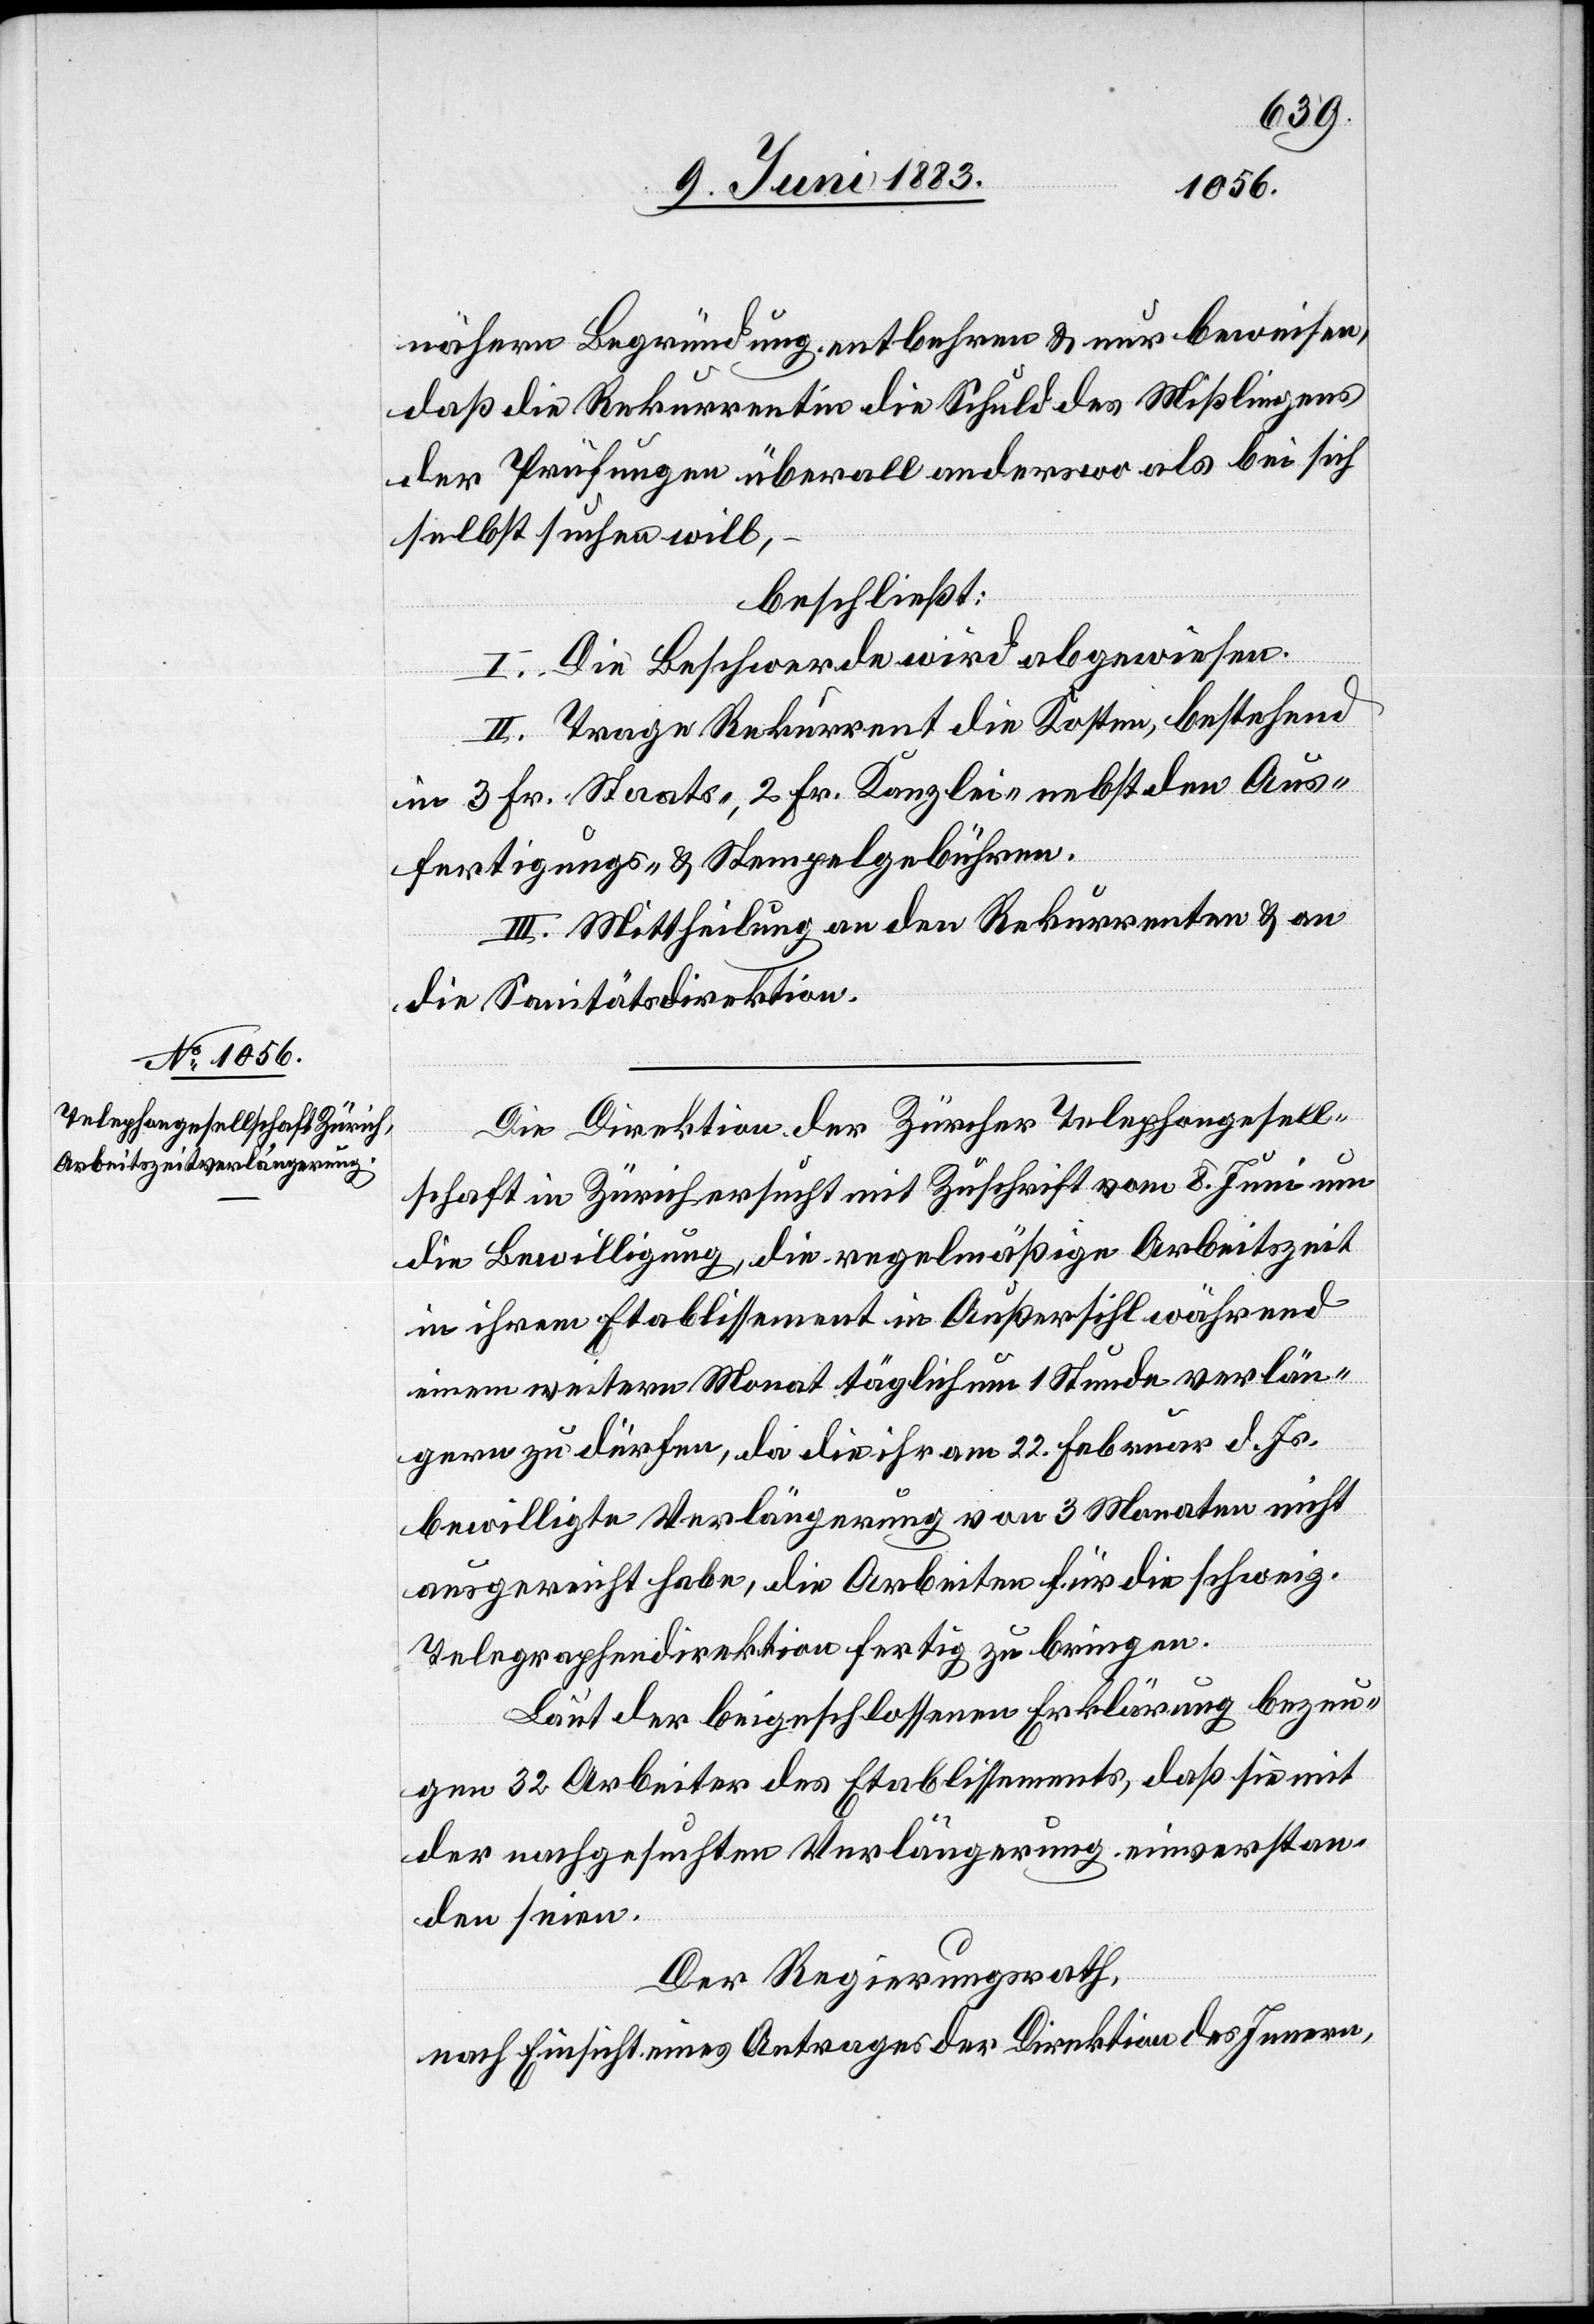
nähern Begründung entbehren & nur beweisen,
daß die Rekurrentin die Schuld des Misslingens
der Prüfungen überall anderswo als bei sich
selbst suchen will,
beschließt:
I. Die Beschwerde wird abgewiesen.
II. Trage Rekurrent die Kosten, bestehend
in 3 Fr. Staats-, 2 Fr. Kanzlei- nebst den Aus¬
fertigungs- und Stempelgebühren.
III. Mittheilung an den Rekurrenten & an
die Sanitätsdirektion.
Die Direktion der Zürcher Telegraphengesell¬
schaft in Zürich ersucht mit Zuschrift vom 8. Juni um
die Bewilligung, die regelmäßige Arbeitszeit
in ihrem Etablissement in Außersihl während
einem weitern Monat täglich um 1 Stunde verlän¬
gern zu dürfen, da die ihr am 22. Februar d. Js.
bewilligte Verlängerung von 3 Monaten nicht
ausgereicht habe, die Arbeiten für die schweiz.
Telegraphendirektion fertig zu bringen.
Laut der beigeschlossenen Erklärung bezeu¬
gen 32 Arbeiter des Etablissements, daß sie mit
der nachgesuchten Verlängerung einverstan¬
den seien.
Der Regierungsrath,
nach Einsicht eines Antrages der Direktion des Innern,